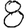
Digit: 8